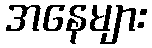
အနေများ